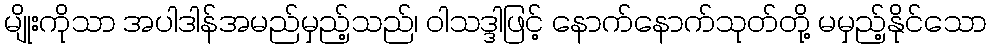
မျိုးကိုသာ အပါဒါန်အမည်မှည့်သည်၊ ဝါသဒ္ဒါဖြင့် နောက်နောက်သုတ်တို့ မမှည့်နိုင်သော